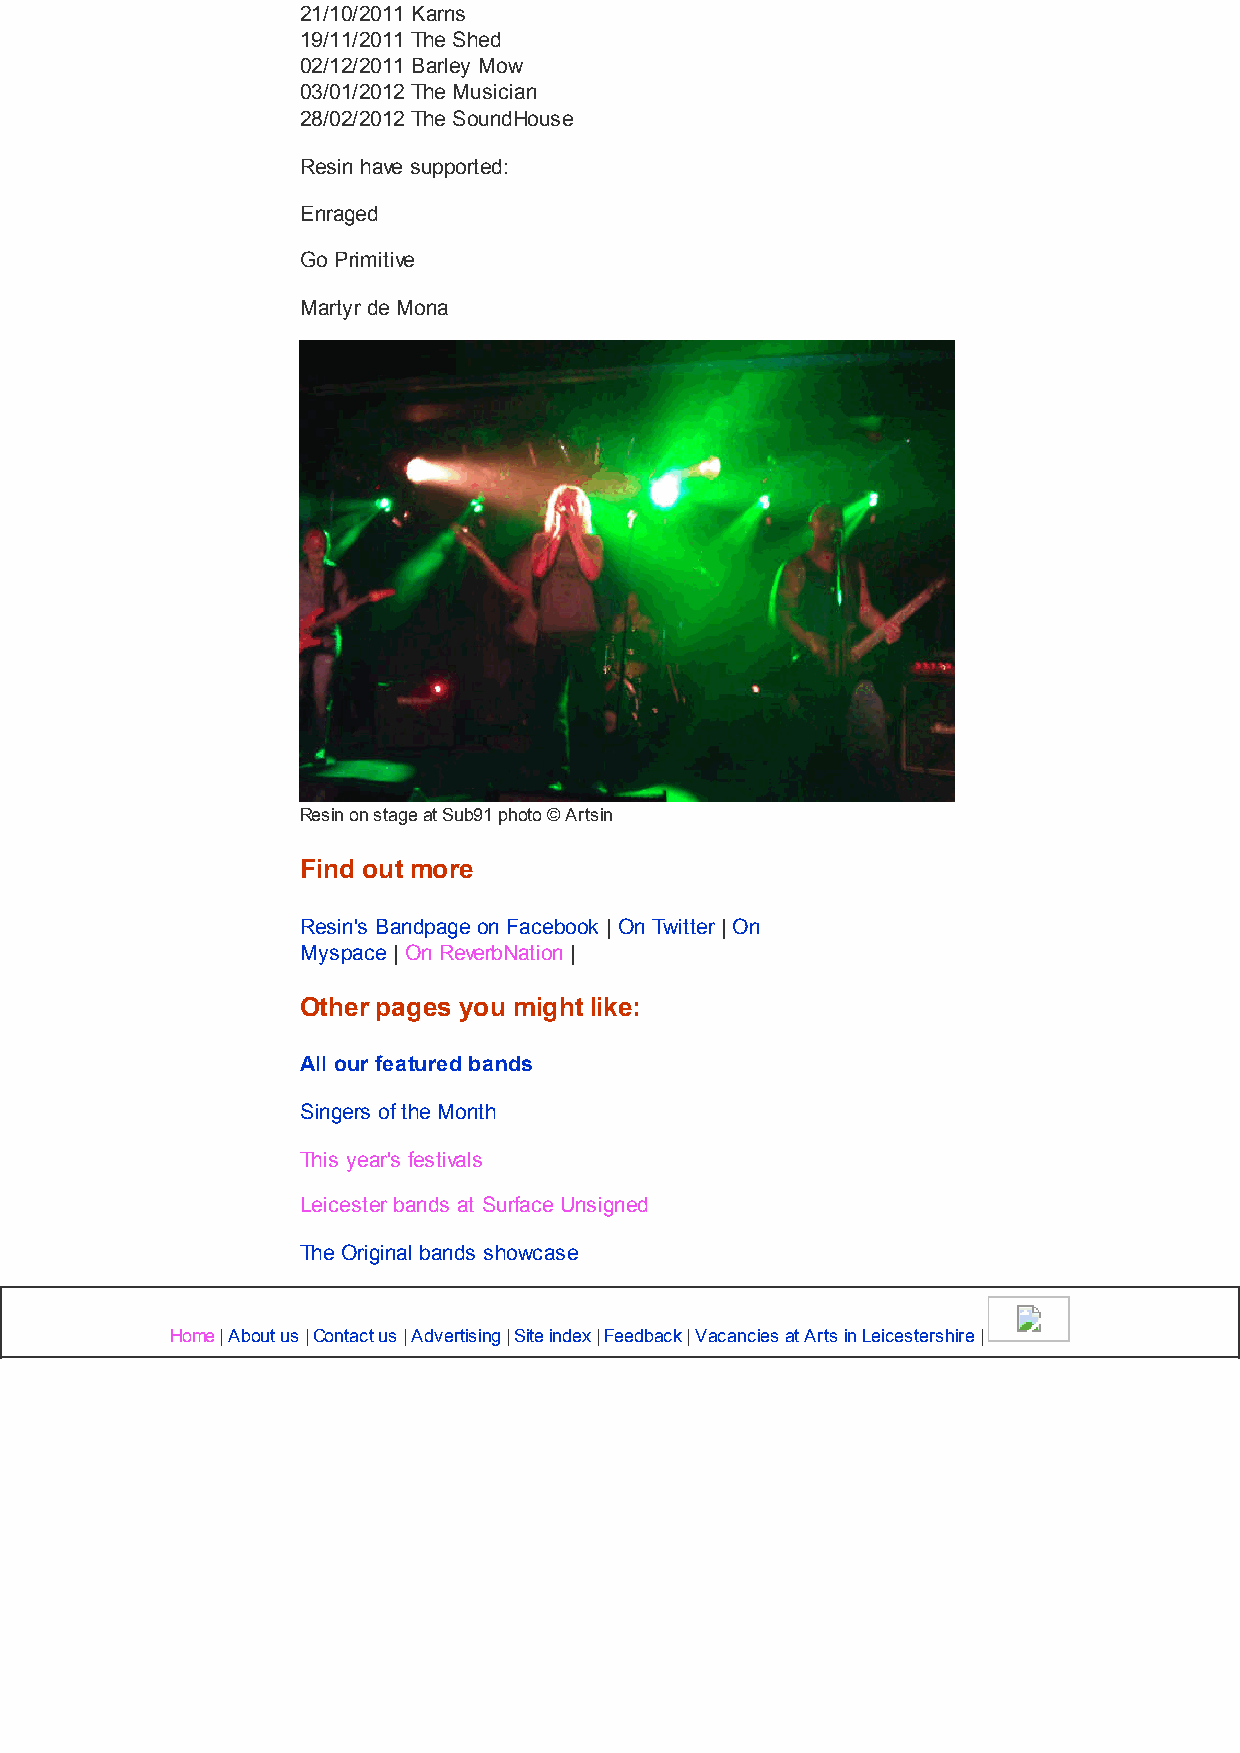
21/10/2011 Karns
 19/11/2011 The Shed
 02/12/2011 Barley Mow
 03/01/2012 The Musician
 28/02/2012 The SoundHouse
 Resin have supported:
 Enraged
 Go Primitive
 Martyr de Mona
 Resin on stage at Sub91 photo © Artsin
 Find out more
 Resin's Bandpage on Facebook | On Twitter | On
 Myspace | On ReverbNation |
 Other pages you might like:
 All our featured bands
 Singers of the Month
 This year's festivals
 Leicester bands at Surface Unsigned
 The Original bands showcase
 Home | About us | Contact us | Advertising | Site index | Feedback | Vacancies at Arts in Leicestershire |